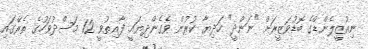
ނިއުޒީލެންޑްގެ ބޮޑުވަޒީރަށް "ނަންދީ" ހަދިޔާ ކުރުން ވެގެންދިޔައީ ފާއިތުވީ 12 މަސްދުވަހުގެ ތެރޭގައި